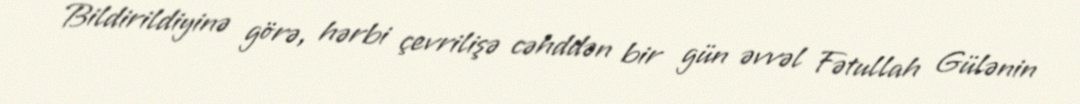
Bildirildiyinə görə, hərbi çevrilişə cəhddən bir gün əvvəl Fətullah Gülənin